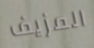
المزيف